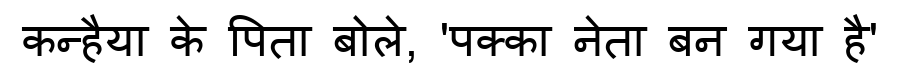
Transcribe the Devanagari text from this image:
कन्हैया के पिता बोले, 'पक्का नेता बन गया है'